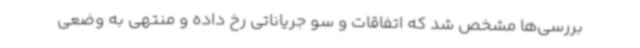
بررسی‌ها مشخص شد که اتفاقات و سو جریاناتی رخ داده و منتهی به وضعی